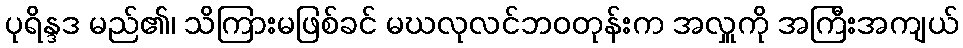
ပုရိန္ဒဒ မည်၏၊ သိကြားမဖြစ်ခင် မဃလုလင်ဘဝတုန်းက အလှူကို အကြီးအကျယ်